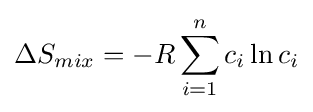
\Delta S_{mix}=-R\sum _{i=1}^{n}c_{i}\ln c_{i}